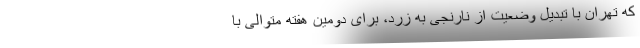
که تهران با تبدیل وضعیت از نارنجی به زرد، برای دومین هفته متوالی با